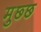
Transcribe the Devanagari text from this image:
मुछ्छ